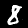
Digit: 8